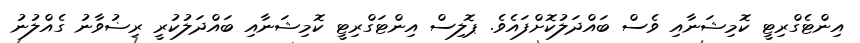
އިންޓެގްރިޓީ ކޮމިޝަނާއި ވެސް ބައްދަލުކޮށްފައެވެ. ޕޮލިސް އިންޓަގްރިޓީ ކޮމިޝަނާއި ބައްދަލުކުރީ ރިޟުވާނު ގެއްލުނު